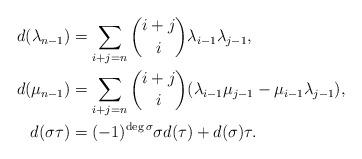
LaTeX: \begin{align*}d(\lambda_{n-1})&=\sum_{i+j=n}\binom{i+j}{i}\lambda_{i-1}\lambda_{j-1},\\d(\mu_{n-1})&=\sum_{i+j=n}\binom{i+j}{i}(\lambda_{i-1}\mu_{j-1}-\mu_{i-1}\lambda_{j-1}),\\d(\sigma\tau)&=(-1)^{\deg \sigma}\sigma d(\tau)+d(\sigma)\tau.\end{align*}